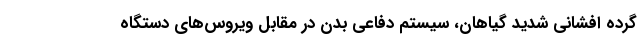
گرده‌ افشانی شدید گیاهان، سیستم دفاعی بدن در مقابل ویروس‌های دستگاه